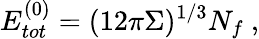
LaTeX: E_{tot}^{(0)}=(12\pi\Sigma)^{1/3}N_{f}~,